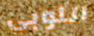
اللوبي